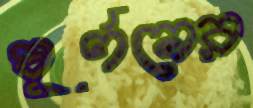
ঘূর্ণনের